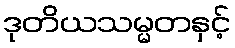
ဒုတိယသမ္မတနှင့်